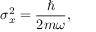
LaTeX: \sigma _ { x } ^ { 2 } = { \frac { \hbar } { 2 m \omega } } ,